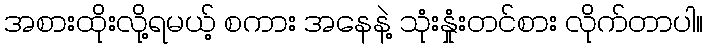
အစားထိုးလို့ရမယ့် စကား အနေနဲ့ သုံးနှုံးတင်စား လိုက်တာပါ။